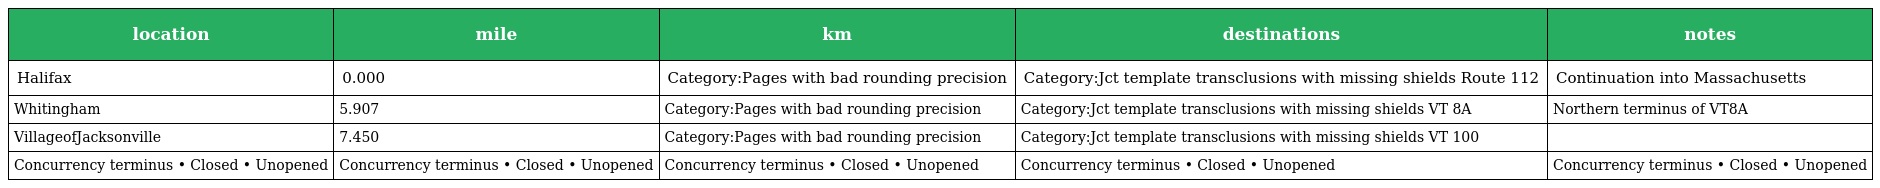
| location | mile | km | destinations | notes |
 | --- | --- | --- | --- | --- |
 | Halifax | 0.000 | Category:Pages with bad rounding precision | Category:Jct template transclusions with missing shields Route 112 | Continuation into Massachusetts |
 | Whitingham | 5.907 | Category:Pages with bad rounding precision | Category:Jct template transclusions with missing shields VT 8A | Northern terminus of VT8A |
 | VillageofJacksonville | 7.450 | Category:Pages with bad rounding precision | Category:Jct template transclusions with missing shields VT 100 |  |
 | Concurrency terminus • Closed • Unopened | Concurrency terminus • Closed • Unopened | Concurrency terminus • Closed • Unopened | Concurrency terminus • Closed • Unopened | Concurrency terminus • Closed • Unopened |